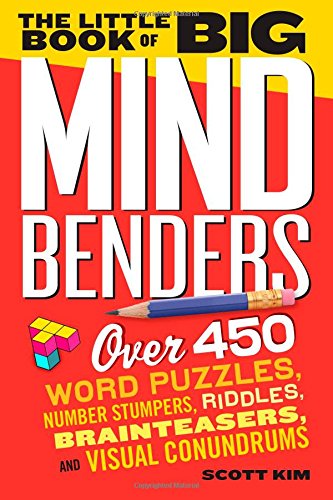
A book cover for The Little Book of Big Mind Benders: Over 450 Word Puzzles, Number Stumpers, Riddles, Brainteasers, and Visual Conundrums; Scott Kim; Self-Help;